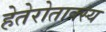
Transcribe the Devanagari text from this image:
हेतेरोताक्स्य